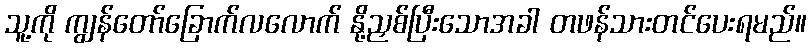
သူ့ကို ကျွန်တော်ခြောက်လလောက် နို့ညှစ်ပြီးသောအခါ တဖန်သားတင်ပေးရမည်။